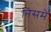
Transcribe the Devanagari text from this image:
निसमें